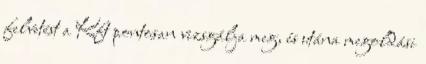
felvetést a Kft pontosan vizsgálja meg, és utána megoldási